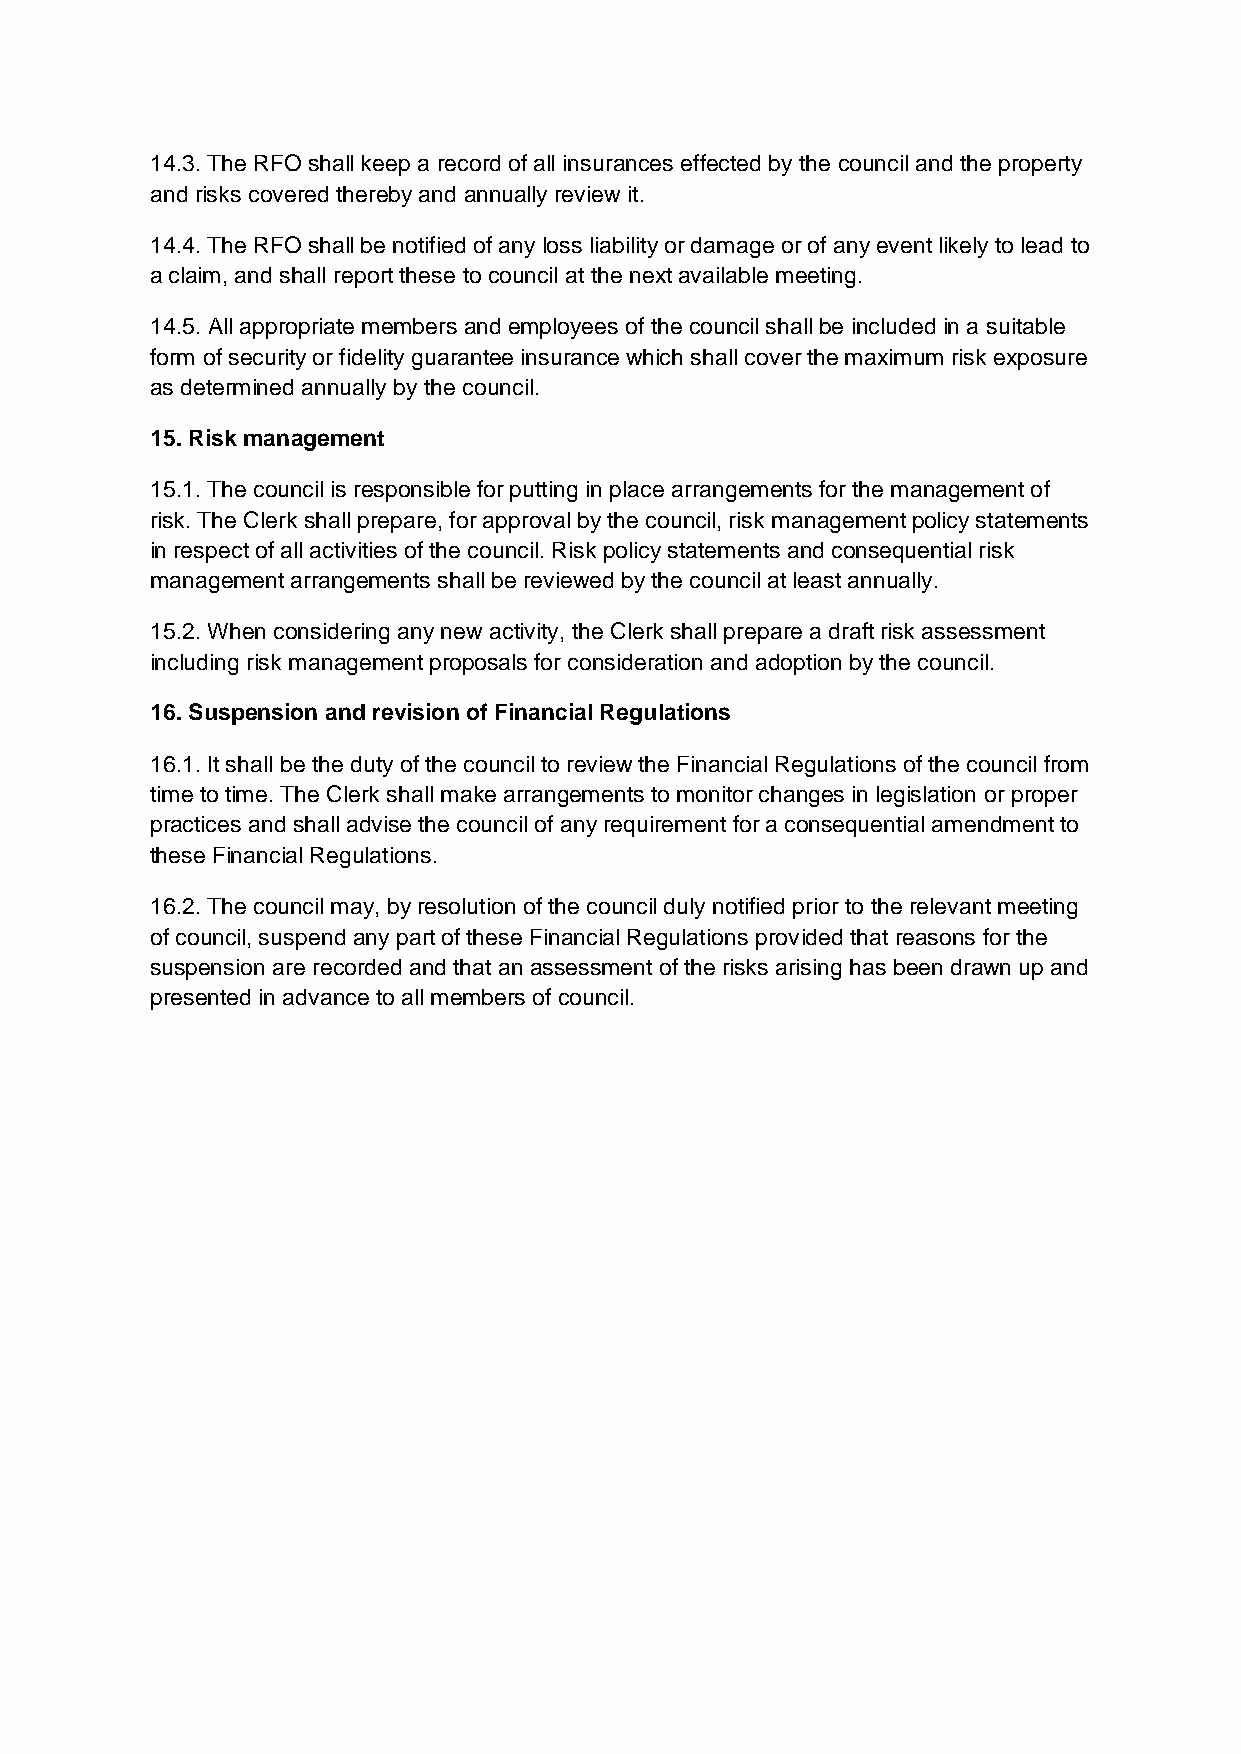
14.3. The RFO shall keep a record of all insurances effected by the council and the property
 and risks covered thereby and annually review it.
 14.4. The RFO shall be notified of any loss liability or damage or of any event likely to lead to
 a claim, and shall report these to council at the next available meeting.
 14.5. All appropriate members and employees of the council shall be included in a suitable
 form of security or fidelity guarantee insurance which shall cover the maximum risk exposure
 as determined annually by the council.
 15. Risk management
 15.1. The council is responsible for putting in place arrangements for the management of
 risk. The Clerk shall prepare, for approval by the council, risk management policy statements
 in respect of all activities of the council. Risk policy statements and consequential risk
 management arrangements shall be reviewed by the council at least annually.
 15.2. When considering any new activity, the Clerk shall prepare a draft risk assessment
 including risk management proposals for consideration and adoption by the council.
 16. Suspension and revision of Financial Regulations
 16.1. It shall be the duty of the council to review the Financial Regulations of the council from
 time to time. The Clerk shall make arrangements to monitor changes in legislation or proper
 practices and shall advise the council of any requirement for a consequential amendment to
 these Financial Regulations.
 16.2. The council may, by resolution of the council duly notified prior to the relevant meeting
 of council, suspend any part of these Financial Regulations provided that reasons for the
 suspension are recorded and that an assessment of the risks arising has been drawn up and
 presented in advance to all members of council.